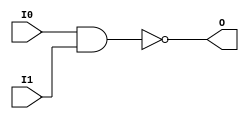
// $Header: /devl/xcs/repo/env/Databases/CAEInterfaces/xec_libs/data/unisims/NAND2.v,v 1.1 2005/05/10 01:20:06 wloo Exp $

/*

FUNCTION	: 2-INPUT NAND GATE

*/

`celldefine
`timescale  100 ps / 10 ps

module NAND2 (O, I0, I1);

    output O;

    input  I0, I1;

    nand A1 (O, I0, I1);

endmodule